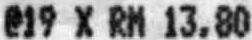
@19 X RM 13.80